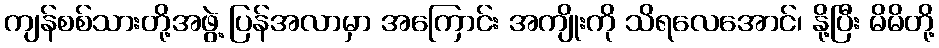
ကျန်စစ်သားတို့အဖွဲ့ ပြန်အလာမှာ အကြောင်း အကျိုးကို သိရလေအောင်၊ နို့ပြီး မိမိတို့